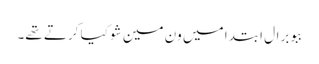
ببو برال ابتدا میں ون مین شو کیا کرتے تھے۔